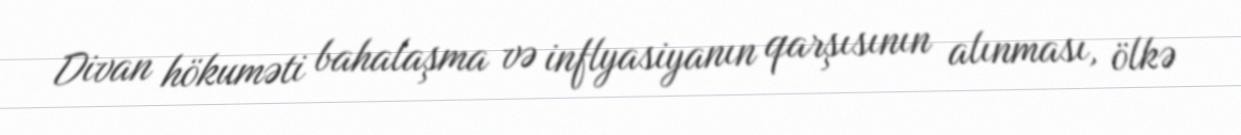
Divan hökuməti bahalaşma və inflyasiyanın qarşısının alınması, ölkə